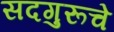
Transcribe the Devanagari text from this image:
सदगुरूचे